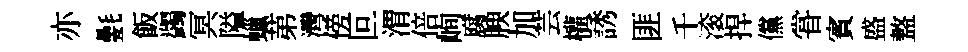
亦氎飯蠲冥隘蠟苐灣傍叵渭倍峋腐腴加芸權誘匪千滚捍儻甞賓盛盩